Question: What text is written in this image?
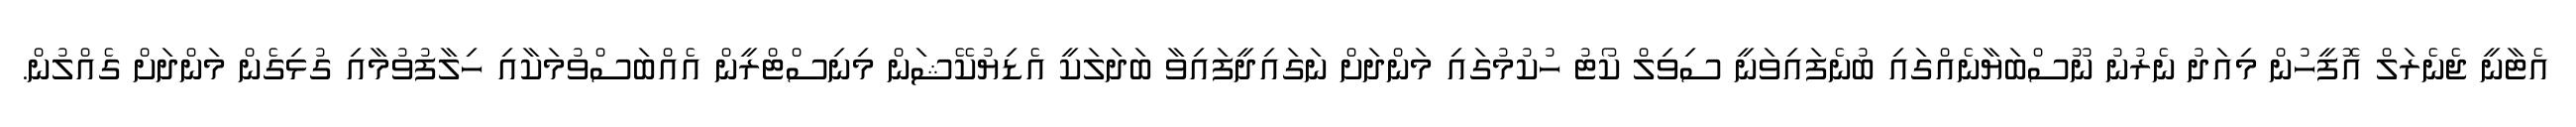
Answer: އެޓާނީ ޖެނެރަލް އޮފީހުން މިއަދު ނެރުނު ނޫސްބަޔާނެއްގައި ބުނެފައިވަނީ ސިވިލް ކޯޓު ހުކުމުގައި މަންދަށް ނަގައިދީފައިވާ ބަދަލަކީ އެޑިޔުކޭޝަން މިނިސްޓްރީން އެއްބަސްވުމަކާއި ހިލާފުވުމާއި ގުޅިގެން މަންދަށް ގެއްލުން.